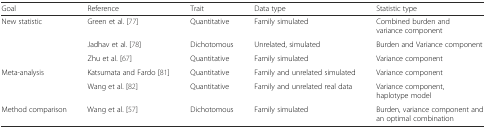
| Goal | Reference | Trait | Data type | Statistic type |
 | --- | --- | --- | --- | --- |
 | <ROWSPAN=3> New statistic | Green et al. [77] | Quantitative | Family simulated | Combined burden and variance component |
 | Jadhav et al. [78] | Dichotomous | Unrelated, simulated | Burden and Variance component |
 | Zhu et al. [67] | Quantitative | Family simulated | Variance component |
 | <ROWSPAN=2> Meta-analysis | Katsumata and Fardo [81] | Quantitative | Family and unrelated simulated | Variance component |
 | Wang et al. [82] | Quantitative | Family and unrelated real data | Variance component, haplotype model |
 | Method comparison | Wang et al. [57] | Dichotomous | Family simulated | Burden, variance component and an optimal combination |